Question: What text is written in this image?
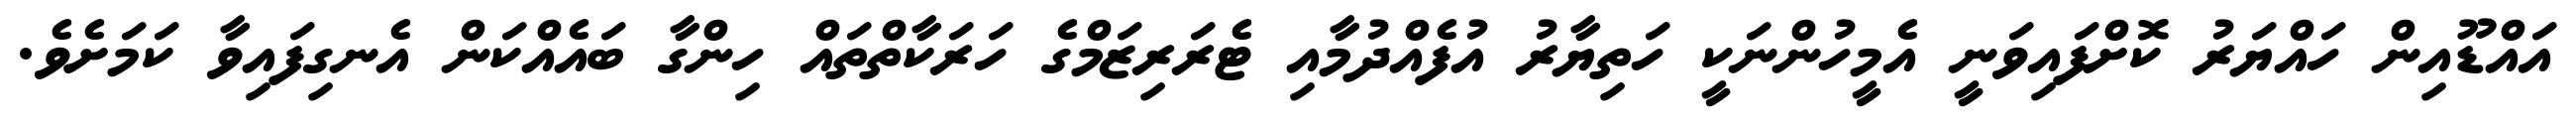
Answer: އައްޑޫއިން ހައްޔަރު ކޮށްފައިވަނީ އެމީހުންނަކީ ހަތިޔާރު އުފެއްދުމާއި ޓެރަރިޒަމްގެ ހަރަކާތްތައް ހިންގާ ބައެއްކަން އެނގިފައިވާ ކަމަށެވެ.